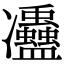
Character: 𠘦